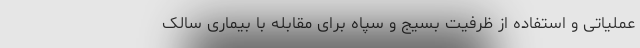
عملیاتی و استفاده از ظرفیت بسیج و سپاه برای مقابله با بیماری سالک